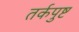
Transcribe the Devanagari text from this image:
तर्कपुष्ट